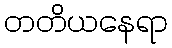
တတိယနေရာ